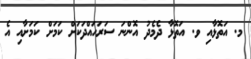
މ. އަތޮޅާއި ވ. އަތޮޅާ ދެމެދު އޮންނަ ސަރަހައްދަކަށް ކަމަށް ކަމަށާއި އެ